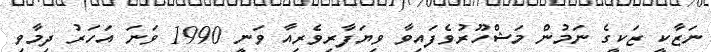
ނަޒާކީ ޒަކީގެ ނަމުން މަޝްހޫރުވެފައިވާ ވިޔަފާރިވެރިއާ ވަނީ 1990 ވަނަ އަހަރު ދިމާވި